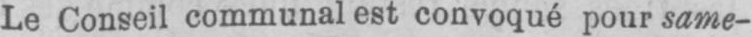
Le Conseil communal est convoqué pour same-